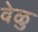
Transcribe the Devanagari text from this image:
वेळु